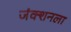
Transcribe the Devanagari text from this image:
जंक्शनला